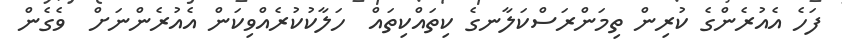
ފަހެ އެއުރެންގެ ކުރިން ތިމަންރަސްކަލާނގެ ކިތައްކިތައް  ހަލާކުކުރެއްވިކަން އެއުރެންނަށް  ވެގެން